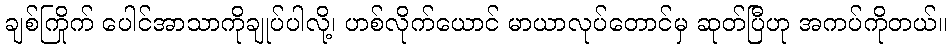
ချစ်ကြိုက် ပေါင်အာသာကိုချုပ်ပါလို့၊ ဟစ်လိုက်ယောင် မာယာလုပ်တောင်မှ ဆုတ်ပြီဟု အကပ်ကိုတယ်။